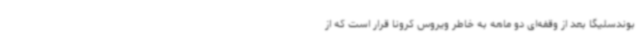
بوندسلیگا بعد از وقفه‌ای دو ماهه به خاطر ویروس کرونا قرار است که از